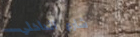
شارع الداخلي